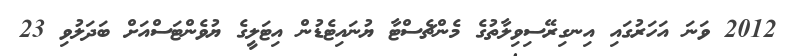
2012 ވަނަ އަހަރުގައި އިނގިރޭސިވިލާތުގެ މެންޗެސްޓާ ޔުނައިޓެޑުން އިޓަލީގެ ޔުވެންޓަސްއަށް ބަދަލުވި 23